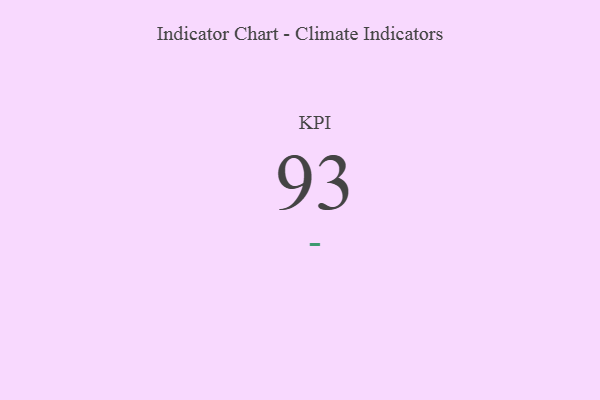
{"axis": {"x": "KPI", "y": "Value"}, "legend": [""], "data": [{"x": "KPI", "y": 93, "type": ""}]}